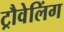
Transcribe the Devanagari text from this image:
ट्रौवेलिंग